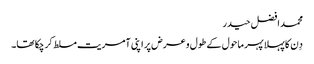
محمد افضل حیدر
دِن کا پہلا پہر ماحول کے طول و عرض پر اپنی آمریت مسلط کر چکا تھا۔